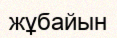
жұбайын